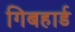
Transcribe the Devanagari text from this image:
गिबहार्ड